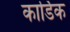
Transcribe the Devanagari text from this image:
कार्डिक